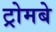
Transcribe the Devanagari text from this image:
ट्रोमबे